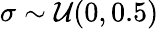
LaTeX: \sigma\sim\mathcal{U}(0,0.5)